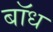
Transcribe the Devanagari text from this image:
बाॅध